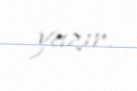
yazır.